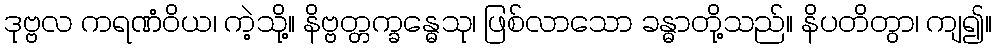
ဒုဗ္ဗလ ကရဏံဝိယ၊ ကဲ့သို့။ နိဗ္ဗတ္တက္ခန္ဓေသု၊ ဖြစ်လာသော ခန္ဓာတို့သည်။ နိပတိတွာ၊ ကျ၍။